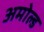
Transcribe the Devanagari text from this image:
अमोल्ड